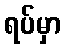
ရပ်မှာ